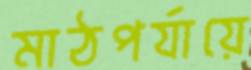
মাঠপর্যায়ে